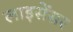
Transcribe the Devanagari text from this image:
लाइसेंसर